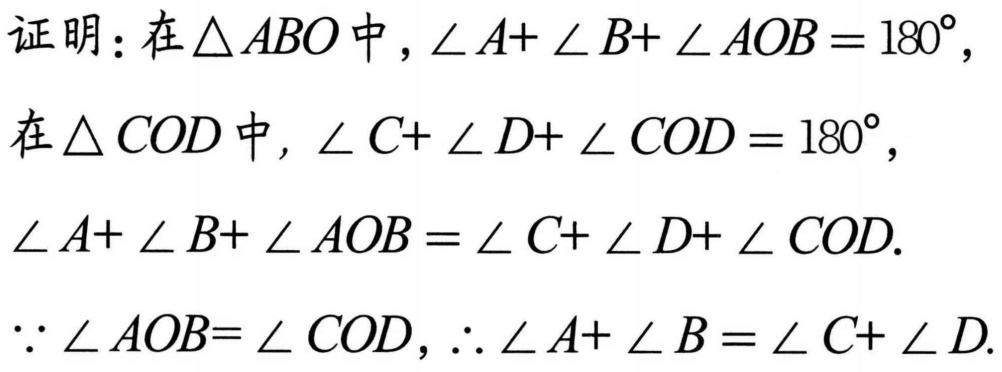
证明：在\(\triangle ABO\)中，\(\angle A + \angle B + \angle AOB = 180^{\circ}\)，
在\(\triangle COD\)中，\(\angle C + \angle D + \angle COD = 180^{\circ}\)，
\(\angle A + \angle B + \angle AOB = \angle C + \angle D + \angle COD\).
\(\because \angle AOB = \angle COD\)，\(\therefore \angle A + \angle B = \angle C + \angle D\).